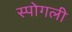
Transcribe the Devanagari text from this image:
स्पोगली